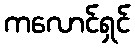
ကလောင်ရှင်